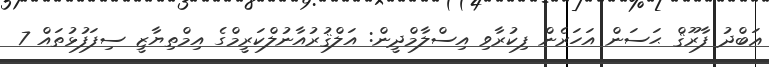
ޢަބްދު ފާރޫޤް ޙަސަން އަހަރެން ފިކުރާވި އިސްލާމްދީން: އަލްޤުރުއާނުލްކަރީމްގެ އިމްތިޔާޒީ ސިފަފުޅުތައް 7